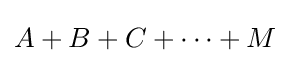
A+B+C+\cdots +M